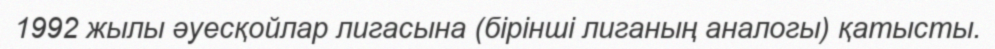
1992 жылы әуесқойлар лигасына (бірінші лиганың аналогы) қатысты.